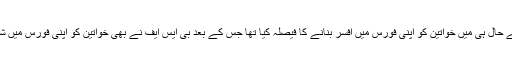
بھارتی تبت سرحدی پولیس نے حال ہی میں خواتین کو اپنی فورس میں افسر بنانے کا فیصلہ کیا تھا جس کے بعد بی ایس ایف نے بھی خواتین کو اپنی فورس میں شامل کرنے کا فیصلہ کیا ہے ۔